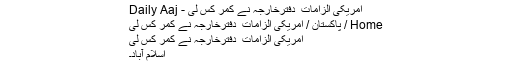
امریکی الزامات ٗ دفترخارجہ نے کمر کس لی - Daily Aaj
Home / پاکستان / امریکی الزامات ٗ دفترخارجہ نے کمر کس لی
امریکی الزامات ٗ دفترخارجہ نے کمر کس لی
اسلام آباد۔